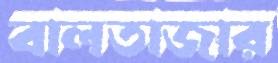
বালতাজার